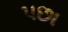
પછા